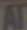
Al